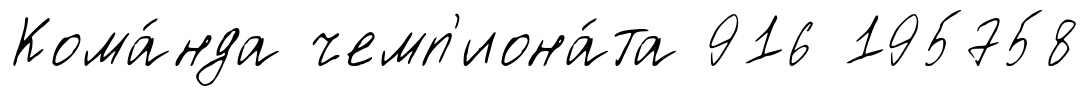
Кома́нда чемп'иона́та 916 195758